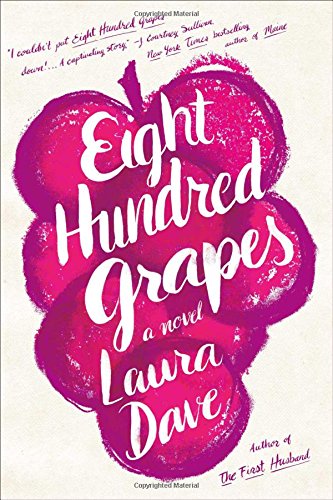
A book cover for Eight Hundred Grapes: A Novel; Laura Dave; Romance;